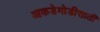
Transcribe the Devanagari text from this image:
आकडेमोडीसाठी